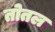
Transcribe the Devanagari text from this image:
तोतल